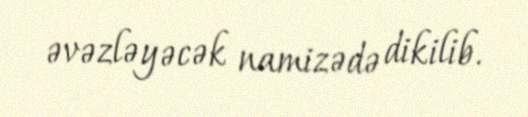
əvəzləyəcək namizədə dikilib.